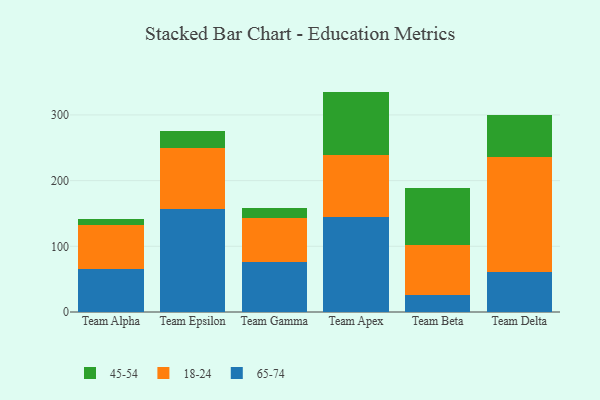
{"axis": {"x": "Team", "y": "Population (Million)"}, "legend": ["18-24", "45-54", "65-74"], "data": [{"x": "Team Alpha", "y": 66.1, "type": "65-74"}, {"x": "Team Alpha", "y": 66.6, "type": "18-24"}, {"x": "Team Alpha", "y": 8.4, "type": "45-54"}, {"x": "Team Epsilon", "y": 156.7, "type": "65-74"}, {"x": "Team Epsilon", "y": 92.5, "type": "18-24"}, {"x": "Team Epsilon", "y": 26.1, "type": "45-54"}, {"x": "Team Gamma", "y": 76.6, "type": "65-74"}, {"x": "Team Gamma", "y": 66.7, "type": "18-24"}, {"x": "Team Gamma", "y": 14.4, "type": "45-54"}, {"x": "Team Apex", "y": 144.2, "type": "65-74"}, {"x": "Team Apex", "y": 95.1, "type": "18-24"}, {"x": "Team Apex", "y": 96.2, "type": "45-54"}, {"x": "Team Beta", "y": 26.6, "type": "65-74"}, {"x": "Team Beta", "y": 76.0, "type": "18-24"}, {"x": "Team Beta", "y": 86.1, "type": "45-54"}, {"x": "Team Delta", "y": 60.2, "type": "65-74"}, {"x": "Team Delta", "y": 175.5, "type": "18-24"}, {"x": "Team Delta", "y": 64.9, "type": "45-54"}]}